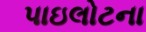
પાઇલોટના